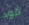
كود